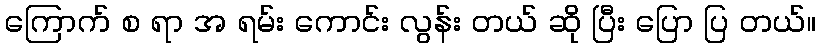
ကြောက် စ ရာ အ ရမ်း ကောင်း လွန်း တယ် ဆို ပြီး ပြော ပြ တယ်။